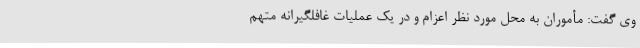
وی گفت: مأموران به محل مورد نظر اعزام و در یک عملیات غافلگیرانه متهم